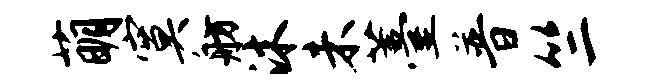
萌寞舫沐未薹普竺